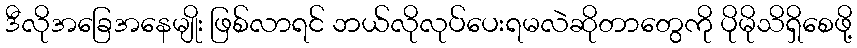
ဒီလိုအခြေအနေမျိုး ဖြစ်လာရင် ဘယ်လိုလုပ်ပေးရမလဲဆိုတာတွေကို ပိုမိုသိရှိစေဖို့